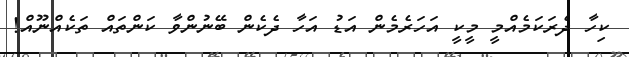
ކިހާ ދެރަކަމެއްމީ މީކީ އަހަރެމެން އަޑު އަހާ ދެކެން ބޭނުންވާ ކަންތައް ތަކެއްނޫއް!